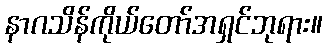
နာဂသိန်ကိုယ်တော်အရှင်ဘုရား။